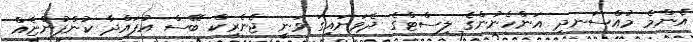
އެންމެ މުއްސަނދި އަންހެނުންގެ ލިސްޓްގެ ދެވަނައިގަ ވަނީ ޖެނެރިކް ބޭސް އުފައްދާ ކުންފުންޏެއް